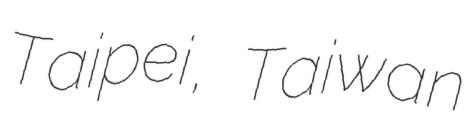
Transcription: Taipei, Taiwan